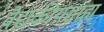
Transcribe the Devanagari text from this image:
वैद्यकीयसाह्य